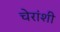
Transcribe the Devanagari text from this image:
चेरांशी